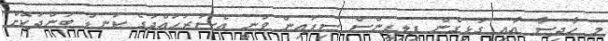
މި ޙާދިސާ އާއި ގުޅިގެން ފިލިޕީންސް ސިފައިން ވަނީ އެސަރަޙައްދުގެ ކަނޑު ބަންދުކޮށް